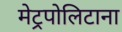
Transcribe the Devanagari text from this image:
मेट्रपोलिटाना